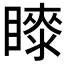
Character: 𭿤